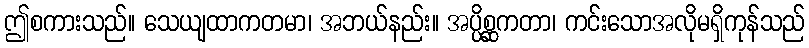
ဤစကားသည်။ သေယျထာကတမာ၊ အဘယ်နည်း။ အပ္ပိစ္ဆကတာ၊ ကင်းသောအလိုမရှိကုန်သည်